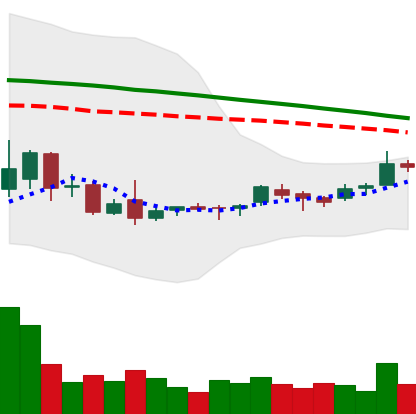
Ticker: ETC-USD
Chart end date: 2018-09-04
Forward return: -19.588%
Label: down_7plus